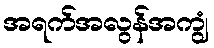
အရက်အလွန်အကျွံ